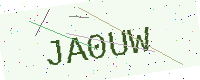
Text: JA0UW